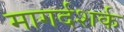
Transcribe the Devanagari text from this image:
मागर्दशर्क